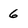
Character: 6